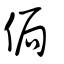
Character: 侷